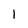
Character: l